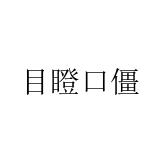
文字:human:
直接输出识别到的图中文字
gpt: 目瞪口僵